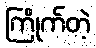
ကြိုက်တဲ့